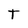
Character: T